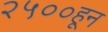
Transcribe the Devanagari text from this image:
२५००हून